Vaccination in the Punjab 1883-1896 - 1883-1896
Year: 1883
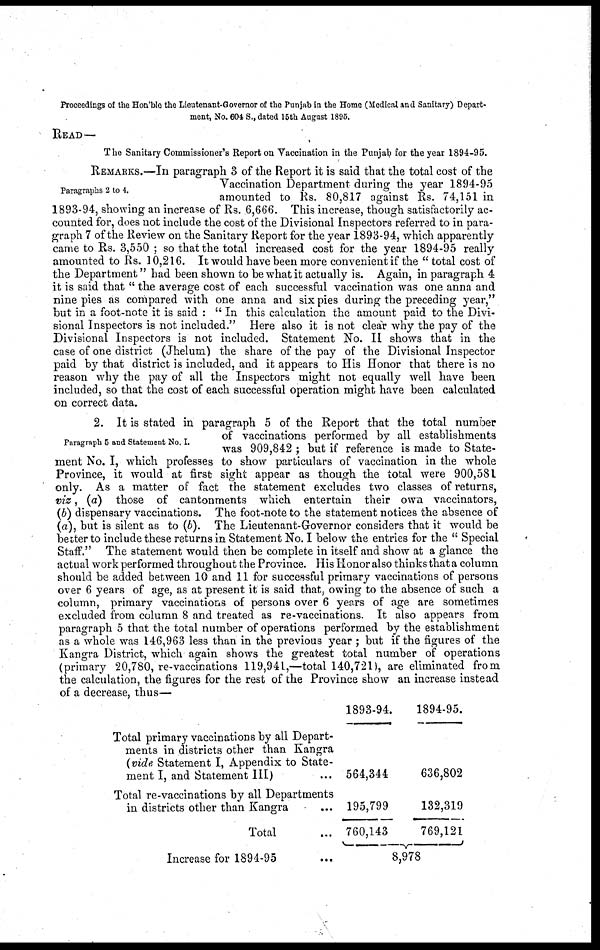
Proceedings of the Hon'ble the Lieutenant-Governor of the Punjab in the Home (Medical and Sanitary) Depart-
ment, No. 604 S., dated 15th August 1895.
READ—
The Sanitary Commissioner's Report on Vaccination in the Punjab for the year 1894-95.
Paragraphs 2 to 4.
REMARKS.—In paragraph 3 of the Report it is said that the total cost of the
Vaccination Department during the year 1894-95
amounted to Rs. 80,817 against Rs. 74,151 in
1893-94, showing an increase of Rs. 6,666. This increase, though satisfactorily ac-
counted for, does not include the cost of the Divisional Inspectors referred to in para-
graph 7 of the Review on the Sanitary Report for the year 1893-94, which apparently
came to Rs. 3,550 ; so that the total increased cost for the year 1894-95 really
amounted to Rs. 10,216. It would have been more convenient if the " total cost of
the Department" had been shown to be what it actually is. Again, in paragraph 4
it is said that " the average cost of each successful vaccination was one anna and
nine pies as compared with one anna and six pies during the preceding year,"
but in a foot-note it is said : "In this calculation the amount paid to the Divi-
sional Inspectors is not included." Here also it is not clear why the pay of the
Divisional Inspectors is not included. Statement No. II shows that in the
case of one district (Jhelum) the share of the pay of the Divisional Inspector
paid by that district is included, and it appears to His Honor that there is no
reason why the pay of all the Inspectors might not equally well have been
included, so that the cost of each successful operation might have been calculated
on correct data.
Paragraph 5 and Statement No. I.
2. It is stated in paragraph 5 of the Report that the total number
of vaccinations performed by all establishments
was 909,842 ; but if reference is made to State-
ment No. I, which professes to show particulars of vaccination in the whole
Province, it would at first sight appear as though the total were 900,581
only. As a matter of fact the statement excludes two classes of returns,
viz, (a) those of cantonments which entertain their own vaccinators,
(b) dispensary vaccinations. The foot-note to the statement notices the absence of
(a), but is silent as to (b). The Lieutenant-Governor considers that it would be
better to include these returns in Statement No. I below the entries for the " Special
Staff." The statement would then be complete in itself and show at a glance the
actual work performed throughout the Province. His Honor also thinks that a column
should be added between 10 and 11 for successful primary vaccinations of persons
over 6 years of age, as at present it is said that, owing to the absence of such a
column, primary vaccinations of persons over 6 years of age are sometimes
excluded from column 8 and treated as re-vaccinations. It also appears from
paragraph 5 that the total number of operations performed by the establishment
as a whole was 146,963 less than in the previous year ; but if the figures of the
Kangra District, which again shows the greatest total number of operations
(primary 20,780, re-vaccinations 119,941,—total 140,721), are eliminated from
the calculation, the figures for the rest of the Province show an increase instead
of a decrease, thus—
Total primary vaccinations by ail Depart-
ments in districts other than Kangra
(vide Statement I, Appendix to State-
ment I, and Statement III) ...
Total re-vaccinations by all Departments
in districts other than Kangra ...
Total ...
Increase for 1894-95 ...
1893-94.
564,344
195,799
760,143
1894-95.
636,802
132,319
769,121
8,978